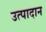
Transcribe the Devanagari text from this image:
उत्पादान